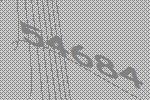
54684